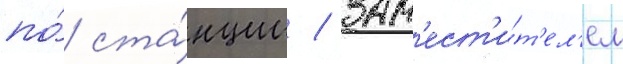
по́ ста́нции / зам'ест'и́т'ел'ем